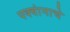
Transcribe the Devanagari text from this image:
पक्वांनाचे